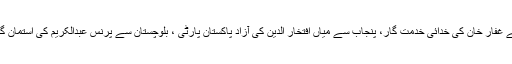
اس میںجی ایم سید کی عوامی پارٹی ،صوبہ سرحد سے غفار خان کی خدائی خدمت گار، پنجاب سے میاں افتخار الدین کی آزاد پاکستان پارٹی ، بلوچستان سے پرنس عبدالکریم کی استمان گل اور خان عبدالصمد خان کی پشتون درور شامل تھیں۔